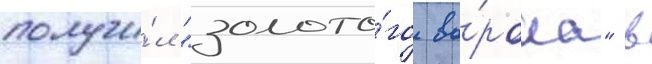
получи́л "золото́го во́рона" в